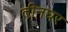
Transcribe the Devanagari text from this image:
तीनघर